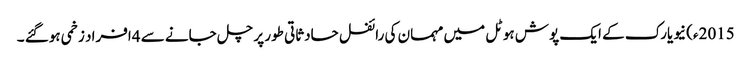
2015ء) نیویارک کے ایک پوش ہوٹل میں مہمان کی رائفل حادثاتی طور پر چل جانے سے 4افراد زخمی ہوگئے ۔